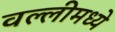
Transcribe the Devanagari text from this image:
वल्लीमध्ये